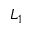
L _ { 1 }